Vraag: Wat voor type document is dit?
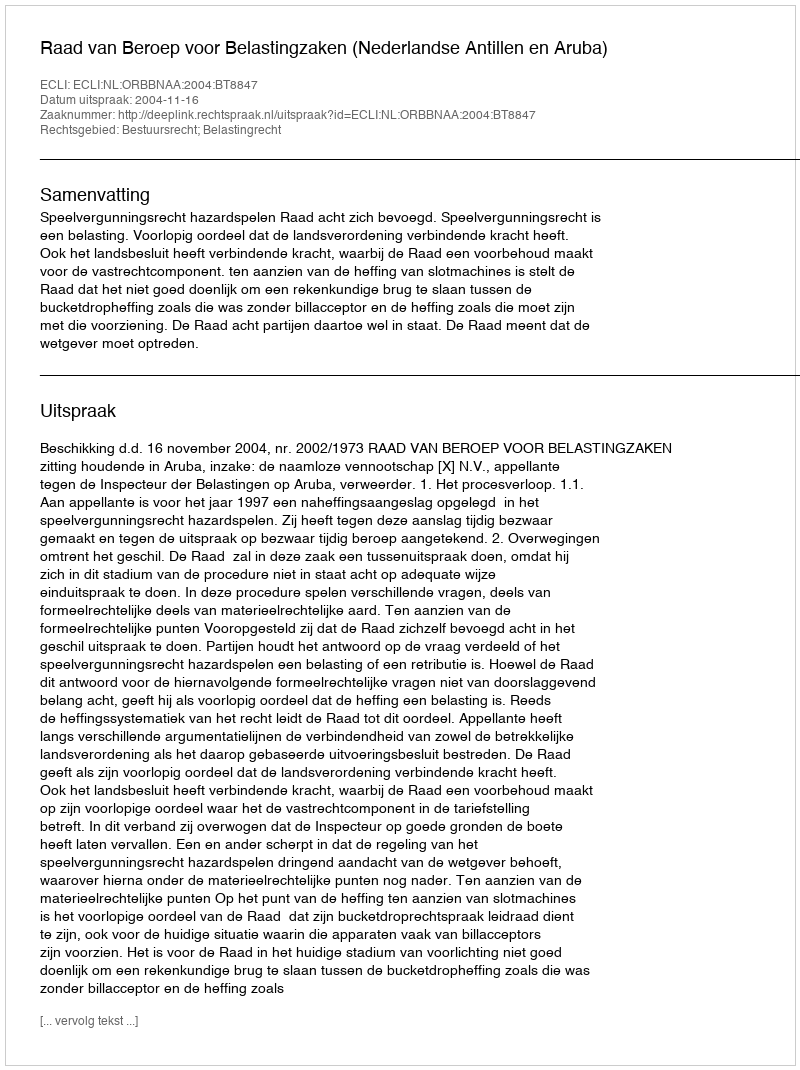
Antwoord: Uitspraak